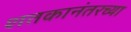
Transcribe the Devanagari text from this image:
शतकानंतरच्या